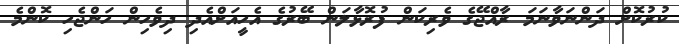
ކުރުކޮށް ދަންނަވާނަމަ ރާއްޖޭގެ ވެރިކަން ފުރޮޅާލަން ބޭރުގެ އެހީއަށްއެދި ދިވެހިން ހަންޖެހި ކޮންމެ